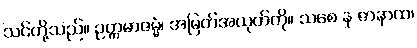
သင်တို့သည်။ ဥတ္တမာဇမ္မံ၊ အမြတ်အယုတ်ကို။ သစေ န ဇာနာထ၊